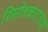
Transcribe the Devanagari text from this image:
रिसोडकरांच्या